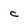
Character: C